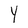
Character: Y